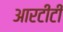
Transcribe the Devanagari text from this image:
आरटीटी